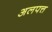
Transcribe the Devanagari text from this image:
अलपत्त